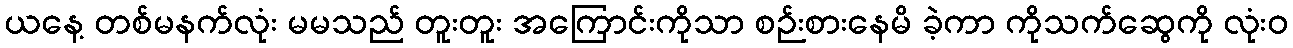
ယနေ့ တစ်မနက်လုံး မမသည် တူးတူး အကြောင်းကိုသာ စဉ်းစားနေမိ ခဲ့ကာ ကိုသက်ဆွေကို လုံးဝ